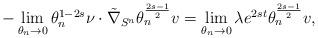
LaTeX: \begin{align*}-\lim\limits_{\theta_{n}\rightarrow 0} \theta_{n}^{1-2s} \nu \cdot \tilde{\nabla}_{S^n}\theta_n^{\frac{2s-1}{2}}v &= \lim\limits_{\theta_{n}\rightarrow 0}\lambda e^{2st}\theta_n^{\frac{2s-1}{2}}v,\end{align*}